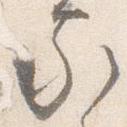
家